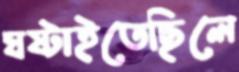
ঘষ্‌টাইতেছিলে